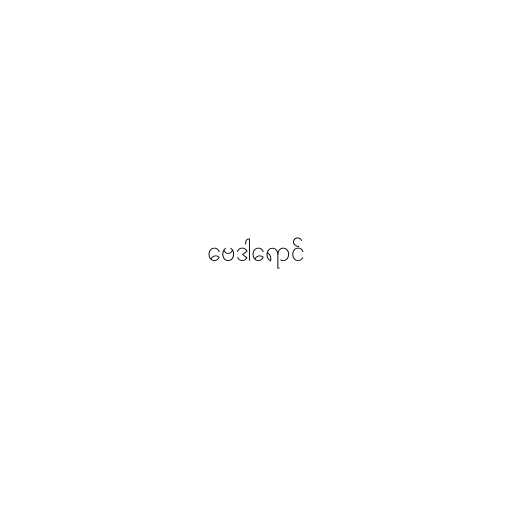
ဗေဒါရောင်